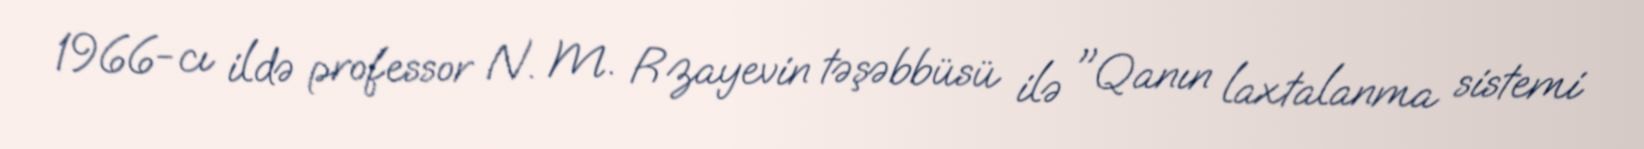
1966-cı ildə professor N. M. Rzayevin təşəbbüsü ilə "Qanın laxtalanma sistemi